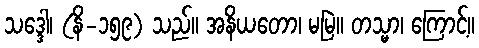
သဒ္ဒေါ၊ (နိ-၁၅၉) သည်။ အနိယတော၊ မမြဲ။ တသ္မာ၊ ကြောင့်။